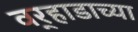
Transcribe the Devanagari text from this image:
वर्‍हाडाच्या